Medical and sanitary report of the native army of Bengal for the year
Year: 1875
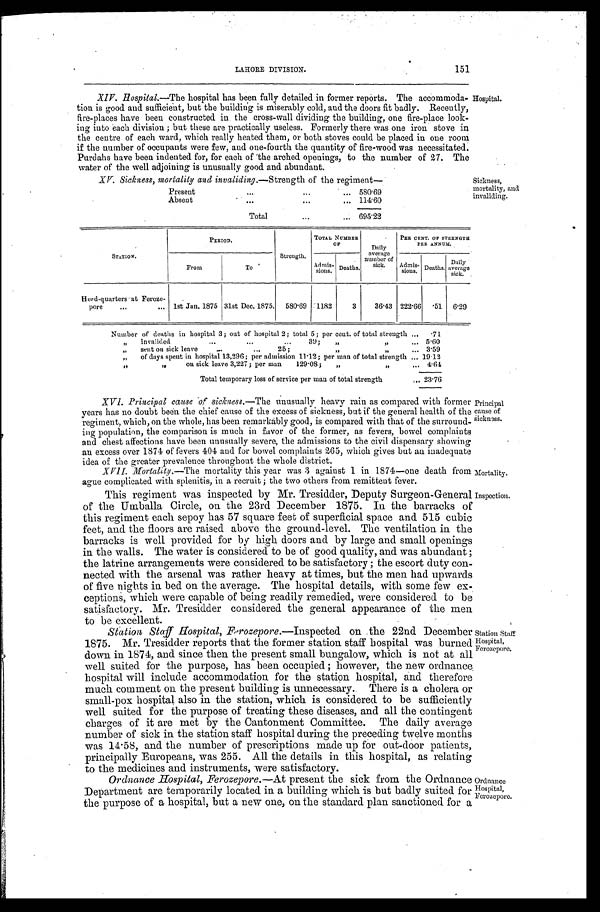
151
LAHORE DIVISION.
XIV. Hospital.—The hospital has been fully detailed in former reports. The accommoda
-tion is good and sufficient, but the building is miserably cold, and the doors fit badly. Recently,
fire-places have been constructed in the cross-wall dividing the building, one fire-place look--
ing into each; but these are practically useless. Formerly there was one iron stove in
the centre of each ward, which really heated them, or both stoves could be placed in one room
if the number of occupants were few, and one-fourth the quantity of fire-wood was necessitated.
Purdahs have been indented for, for each of the arched openings, to the number of 27. The
water of the well adjoining is unusually good and abundant.
Hospital.
XV. Sickness, mortality and invaliding.— Strength of the regiment—
Present
.
.
.
580.69
Absent . . .
114.60
Total . . .
695.22
Sickness,
mortality, and
invaliding.
STATION.
P E R I O D .
TOTAL NUMBER
OF
•
PER CENT OF STRENGTH
PER ANNUM.
From
To
Strength.
Admis-
sions. Deaths.
D a i l y a v e r a g e
number of
sick.
Admis-
sions.
Deaths.
Daily
average
sick.
Heed-quarters at Feroze -
pore
. . . 1st Jan. 1875 31st Dec. 1875.
580.69
1182
3
36.43 222.66
.51
6.29
Number of deaths in hospital 3; out of hospital 2; total 5; per cent of total strength . . .
.71
" i n v a l i d e d . . . 3 9 " " . . . 5.60
" s e n t o n s i c k l e a v e . . . 2 5 ; " " " . . .
3.59
" of days spent in hospital 13,296; per admission 11.12; per man of total strength . . . 19.12
" " on sick leave 3,227; per man 129.08; " " . . . 4.64
Total temporary loss of service per man of total strength
. . . 23.76
XVI. Principal cause of sickness.—The unusually heavy rain as compared with former
years has no doubt been the chief cause of the excess of sickness, but if the general health of the
regiment, which, on the whole, has been remarkably good, is compared with that of the surround-
ing population, the comparison is much in favor of the former, as fevers, bowel complaints
and chest affections have been unusually severe, the admissions to the civil dispensary showing
au excess over 1874 of fevers 404 and for bowel complaints 265, which gives but an inadequate
idea of the greater prevalence throughout the whole district.
XVII. Mortality.—The mortality this year was 3 against 1 in 1874—one death from
ague complicated with splenitis, in a recruit; the two others from remittent fever.
Principal
cause of
sickness.
Mortality.
This regiment was inspected by Mr. Tresidder, Deputy Surgeon-General
of the Umballa Circle, on the 23rd. December 1875. In the barracks of
this regiment each sepoy has 57 square feet of superficial space and. 515 cubic
feet, and the floors are raised above the ground-level. The ventilation in the
barracks is well provided for by high doors and by large and small openings
in. the walls. The water is considered to be of good quality, and. was abundant;
the latrine arrangements were considered to be satisfactory; the escort duty con
-nected with the arsenal was rather heavy at times, but the men had upwards
of five nights in bed on the average. The hospital details, with some few ex-
ceptions, which were capable of being readily remedied, were considered to be
satisfactory. Mr. Tresidder considered the general appearance of the men
to be excellent.
Station Staff Hospital, Ferozepore .—Inspected on the 22nd December
1875. Mr. Tresidder reports that the former station staff hospital was burned
down in 1874, and since then the present small bungalow, which is not at all
well suited for the purpose, has been occupied; however, the new ordnance.
hospital will include accommodation for the station hospital, and therefore
much comment on the present building is unnecessary. There is a cholera or
small-pox hospital also in the station, which is considered to be sufficiently
well suited for the purpose of treating these diseases, and all the contingent
charges of it are met by the Cantonment Committee. The daily average
number of sick in the station staff hospital during the preceding twelve months
was 14 . 58, and the number of prescriptions made up for out-door patients,
principally Europeans, was 255. All the details in this hospital, as relating
to the medicines and instruments, were satisfactory.
Inspection.
Station Staff
Hospital,
Ferozepore.
Ordnance Hospital, Ferozepore.—At present the sick from the Ordnance
Department are temporarily located in a building which is but badly suited for
the purpose of a hospital, but a new one, on the standard plan sanctioned for a
Ordnance
Hospital,
Ferozepore.